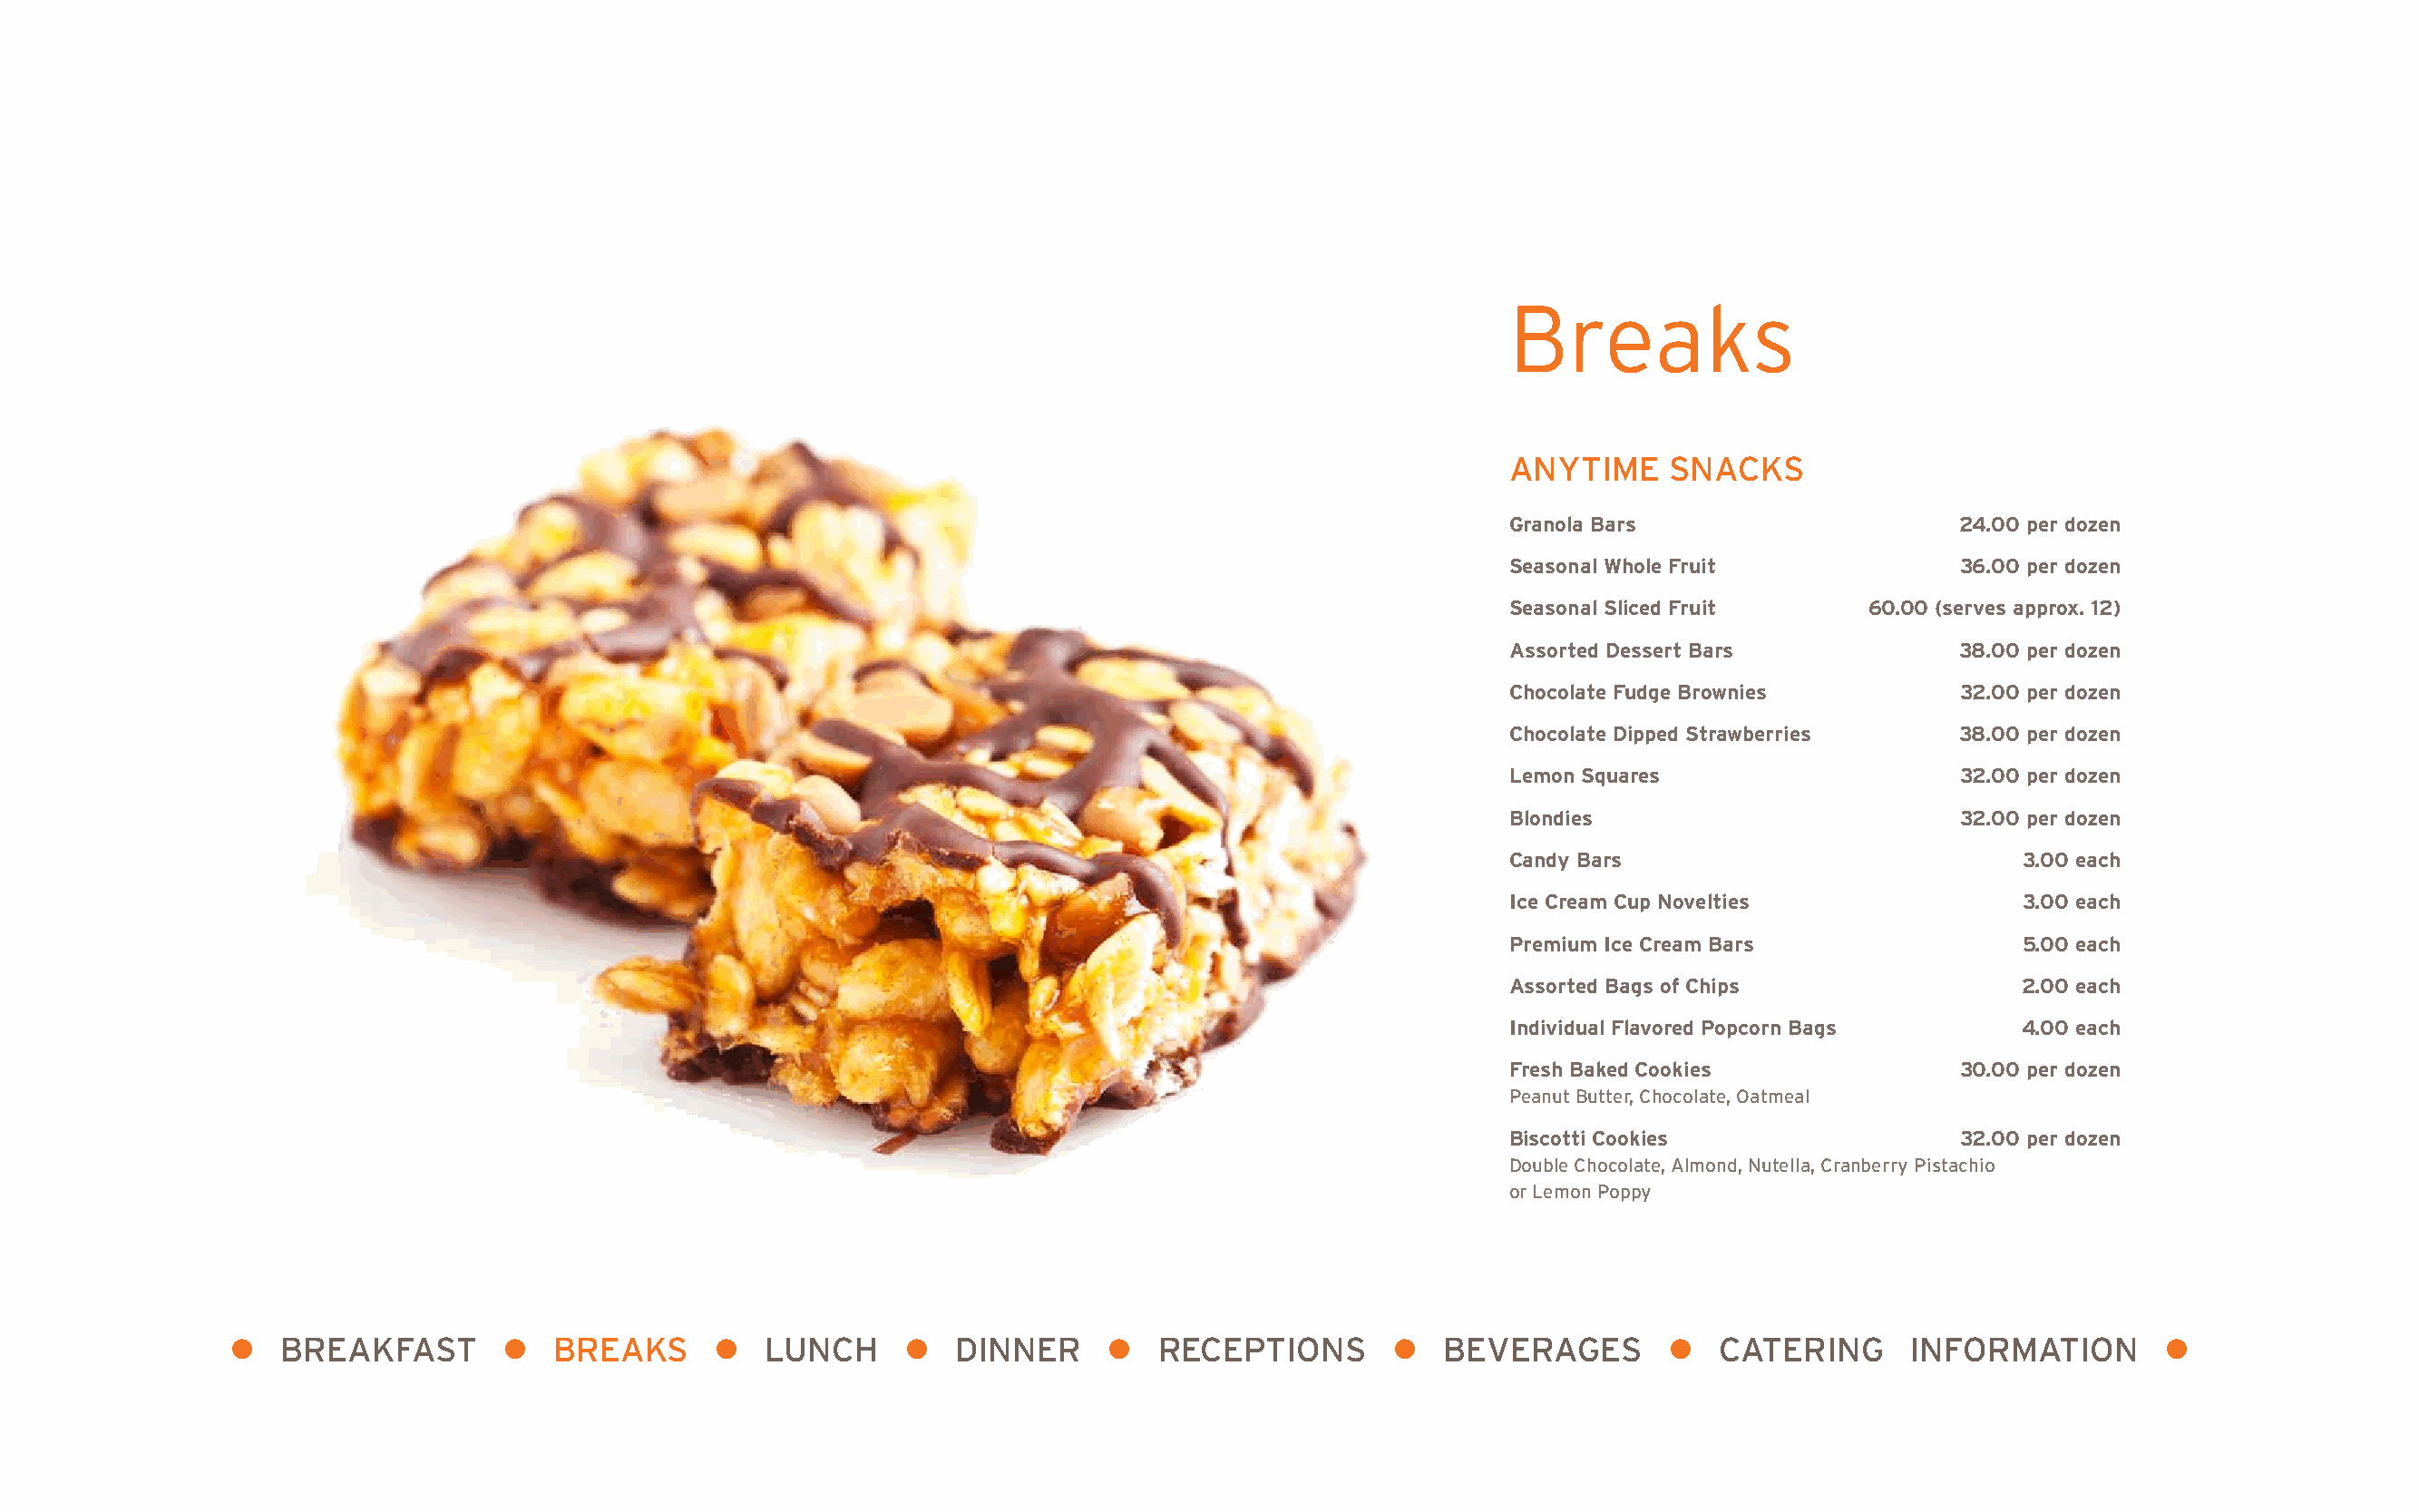
Breaks
 ANYTIME     SNACKS
 Granola Bars                     24.00 per dozen
 Seasonal Whole Fruit             36.00 per dozen
 Seasonal Sliced Fruit     60.00 (serves approx. 12)
 Assorted Dessert Bars            38.00 per dozen
 Chocolate Fudge Brownies         32.00 per dozen
 Chocolate Dipped Strawberries    38.00 per dozen
 Lemon Squares                    32.00 per dozen
 Blondies                         32.00 per dozen
 Candy Bars                            3.00 each
 Ice Cream Cup Novelties               3.00 each
 Premium Ice Cream Bars                5.00 each
 Assorted Bags of Chips                2.00 each
 Individual Flavored Popcorn Bags      4.00 each
 Fresh Baked Cookies              30.00 per dozen
 Peanut Butter, Chocolate, Oatmeal
 Biscotti Cookies                 32.00 per dozen
 Double Chocolate, Almond, Nutella, Cranberry Pistachio
 or Lemon Poppy
 l  BREAKFAST        l  BREAKS      l   LUNCH     l   DINNER     l   RECEPTIONS       l  BEVERAGES        l  CATERING      INFORMATION        l